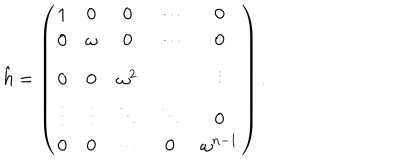
LaTeX: \hat { h } = \left( \begin{array} { c c c c c } { { 1 } } & { { 0 } } & { { 0 } } & { { \cdots } } & { { 0 } } \\ { { 0 } } & { { \omega } } & { { 0 } } & { { \cdots } } & { { 0 } } \\ { { 0 } } & { { 0 } } & { { \omega ^ { 2 } } } & { { \ddots } } & { { \vdots } } \\ { { \vdots } } & { { \vdots } } & { { \ddots } } & { { \ddots } } & { { 0 } } \\ { { 0 } } & { { 0 } } & { { \cdots } } & { { 0 } } & { { \omega ^ { n - 1 } } } \\ \end{array} \right) .